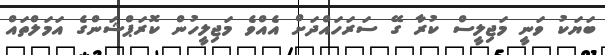
ބަޔަކު ވަނީ މަޖިލީސް ކުރާ ގޭ ސަރަހައްދަށް އެއްވެ މަޖިލީހުން ކޮރަޕްޝަންގެ އަމަލްތައް